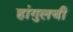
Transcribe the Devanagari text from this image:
हांगुलची